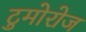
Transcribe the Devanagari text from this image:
टुमोरोज